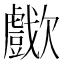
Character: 𣤴